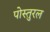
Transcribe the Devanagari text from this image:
पोस्तुरल